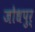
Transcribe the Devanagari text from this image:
जोधपुर्